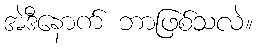
အဲဒီနောက် ဘာဖြစ်သလဲ။